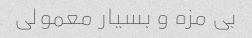
بی مزه و بسیار معمولی